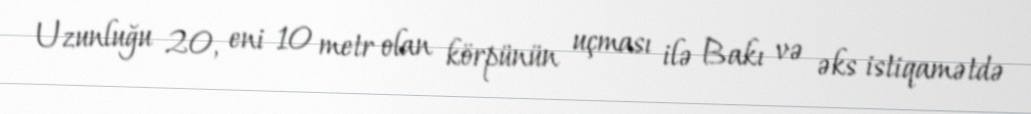
Uzunluğu 20, eni 10 metr olan körpünün uçması ilə Bakı və əks istiqamətdə